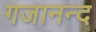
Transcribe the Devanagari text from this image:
गजानन्द